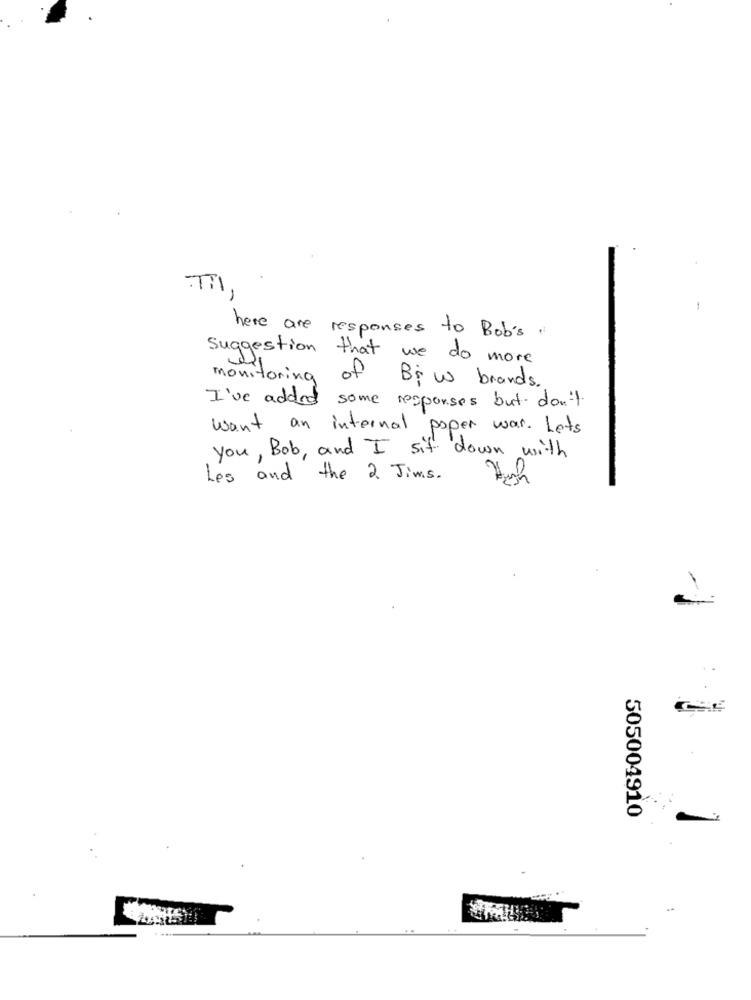
Til,
here are responses to Bob's
Suggestion that we do more
monitoring of Biw brands .
I've added some responses but don't.
want an internal paper war. Lets
You, Bob, and I sit down with
Les and the 2 Jims.
505004910